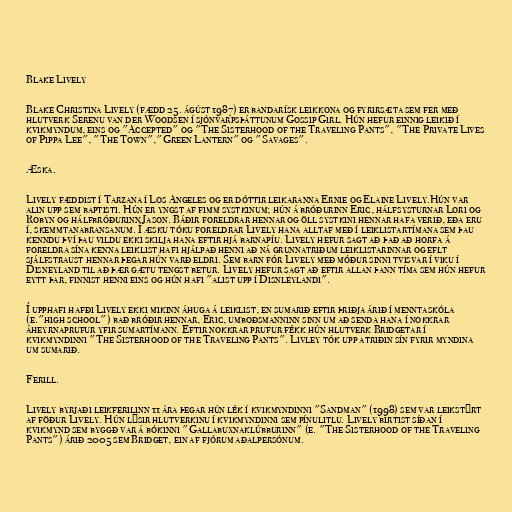
Blake Lively

Blake Christina Lively (fædd 25. ágúst 1987) er bandarísk leikkona og fyrirsæta sem fer með
hlutverk Serenu van der Woodsen í sjónvarpsþáttunum Gossip Girl. Hún hefur einnig leikið í
kvikmyndum, eins og "Accepted" og "The Sisterhood of the Traveling Pants", "The Private Lives
of Pippa Lee", "The Town","Green Lantern" og "Savages".

Æska.

Lively fæddist í Tarzana í Los Angeles og er dóttir leikaranna Ernie og Elaine Lively.Hún var
alin upp sem baptisti. Hún er yngst af fimm systkinum; hún á bróðurinn Eric, hálfsysturnar Lori og
Robyn og hálfbróðurinn Jason. Báðir foreldrar hennar og öll systkini hennar hafa verið, eða eru
í, skemmtanabransanum. Í æsku tóku foreldrar Lively hana alltaf með í leiklistartímana sem þau
kenndu því þau vildu ekki skilja hana eftir hjá barnapíu. Lively hefur sagt að það að horfa á
foreldra sína kenna leiklist hafi hjálpað henni að ná grunnatriðum leiklistarinnar og eflt
sjálfstraust hennar þegar hún varð eldri. Sem barn fór Lively með móður sinni tvisvar í viku í
Disneyland til að þær gætu tengst betur. Lively hefur sagt að eftir allan þann tíma sem hún hefur
eytt þar, finnist henni eins og hún hafi "alist upp í Disnleylandi".

Í upphafi hafði Lively ekki mikinn áhuga á leiklist, en sumarið eftir þriðja árið í menntaskóla
(e."high school") bað bróðir hennar, Eric, umboðsmanninn sinn um að senda hana í nokkrar
áheyrnaprufur yfir sumartímann. Eftir nokkrar prufur fékk hún hlutverk Bridgetar í
kvikmyndinni "The Sisterhood of the Traveling Pants". Livley tók upp atriðin sín fyrir myndina
um sumarið.

Ferill.

Lively byrjaði leikferilinn 11 ára þegar hún lék í kvikmyndinni "Sandman" (1998) sem var leikstýrt
af föður Lively. Hún lýsir hlutverkinu í kvikmyndinni sem pínulitlu. Lively birtist síðan í
kvikmynd sem byggð var á bókinni "Gallabuxnaklúbburinn" (e. "The Sisterhood of the Traveling
Pants") árið 2005 sem Bridget, ein af fjórum aðalpersónum.